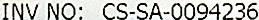
INV NO: CS-SA-0094236